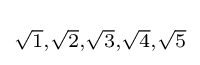
\scriptstyle {\sqrt {1}},{\sqrt {2}},{\sqrt {3}},{\sqrt {4}},{\sqrt {5}}